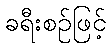
ခရီးစဉ်ဖြင့်